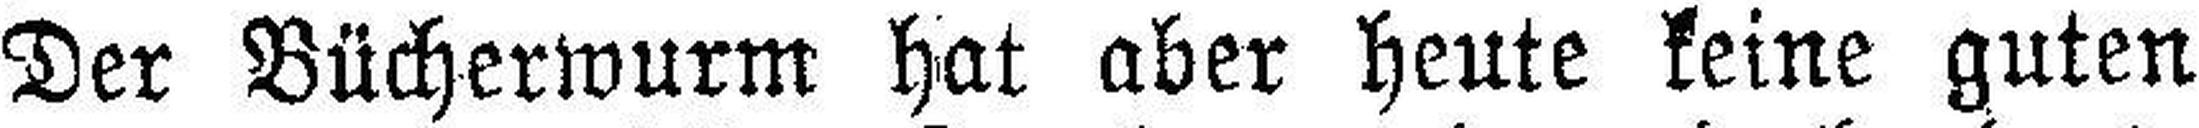
Der Bücherwurm hat aber heute keine guten